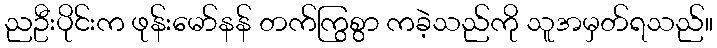
ညဦးပိုင်းက ဖုန်းမော်နန် တက်ကြွစွာ ကခဲ့သည်ကို သူအမှတ်ရသည်။